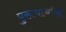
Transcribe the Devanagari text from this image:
पुरूषार्थाचा